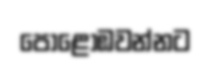
පොළොඹවන්නට